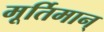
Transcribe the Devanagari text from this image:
मूर्तिमान्‌